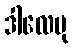
ဒါလေမု